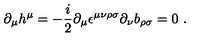
\partial _ { \mu } h ^ { \mu } = - { \frac { i } { 2 } } \partial _ { \mu } \epsilon ^ { \mu \nu \rho \sigma } \partial _ { \nu } b _ { \rho \sigma } = 0 \ .